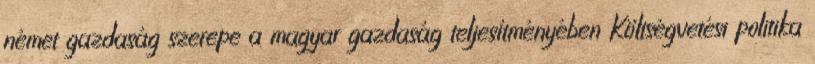
német gazdaság szerepe a magyar gazdaság teljesítményében Költségvetési politika